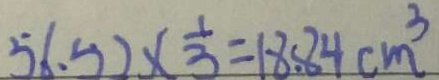
5 6 . 5 2 \times \frac { 1 } { 3 } = 1 8 . 8 4 c m ^ { 3 }